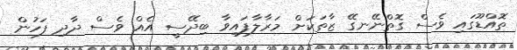
ތޮއްޑޫގައި ވެސް ގޮތްނޭނގޭ ޒާތަކަށް މަރާލާފައިވާ ބިދޭސީ އެއް ވެސް ދާދި ފަހުން